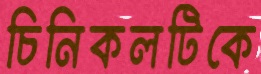
চিনিকলটিকে